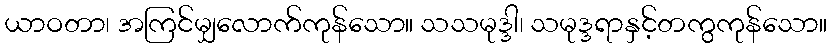
ယာဝတာ၊ အကြင်မျှလောက်ကုန်သော။ သသမုဒ္ဒါ၊ သမုဒ္ဒရာနှင့်တကွကုန်သော။